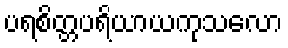
ပရစိတ္တပရိယာယကုသလော